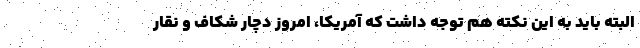
البته باید به این نکته هم توجه داشت که آمریکا، امروز دچار شکاف و نقار